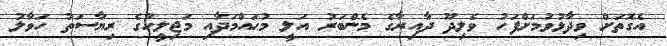
އެގޮތަށް ވިދާޅުވުމަށްފަހު ވެލިދޫ ދާއިރާގެ މެންބަރު އަލީ މުޙައްމަދާއި މަޖިލީހުގެ ރިޔާސަތު ހަވާލު